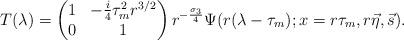
LaTeX: \begin{align*}T(\lambda)=\begin{pmatrix}1 & - \frac{i}{4}\tau_{m}^{2} r^{3/2} \\ 0 & 1\end{pmatrix}r^{-\frac{\sigma_3}{4}}\Psi(r(\lambda-\tau_{m});x=r\tau_m,r\vec{\eta},\vec{s}).\end{align*}